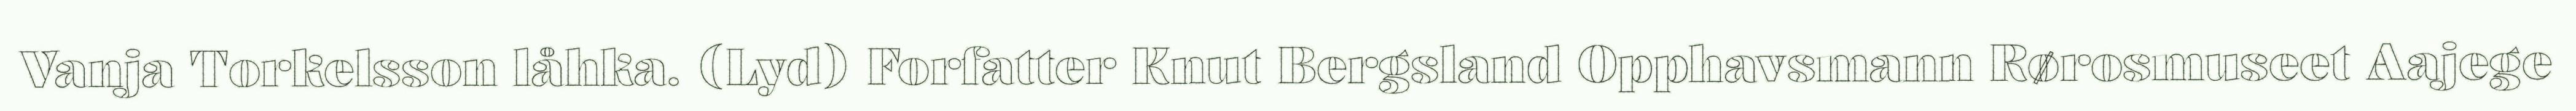
Vanja Torkelsson låhka. (Lyd) Forfatter Knut Bergsland Opphavsmann Rørosmuseet Aajege